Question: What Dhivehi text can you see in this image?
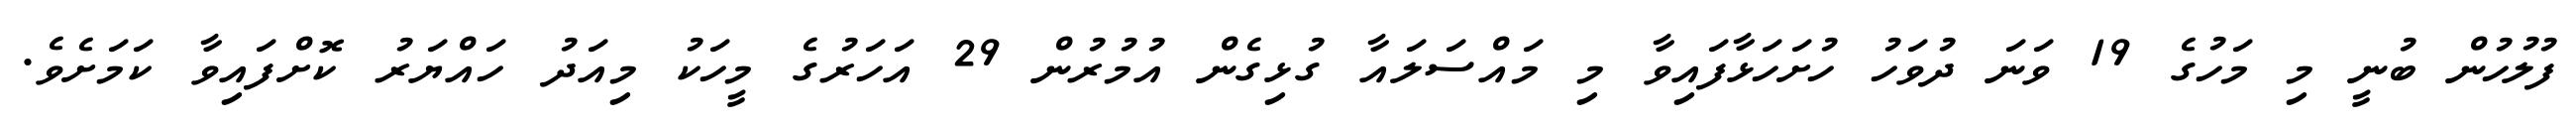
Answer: ފުލުހުން ބުނީ މި މަހުގެ 19 ވަނަ ދުވަހު ހުށަހަޅާފައިވާ މި މައްސަލައާ ގުޅިގެން އުމުރުން 29 އަހަރުގެ މީހަކު މިއަދު ހައްޔަރު ކޮށްފައިވާ ކަމަށެވެ.